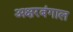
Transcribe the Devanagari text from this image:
अक्षरबंगाल